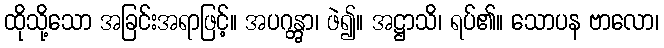
ထိုသို့သော အခြင်းအရာဖြင့်။ အပဂန္တွာ၊ ဖဲ၍။ အဋ္ဌာသိ၊ ရပ်၏။ သောပန ဗာလော၊